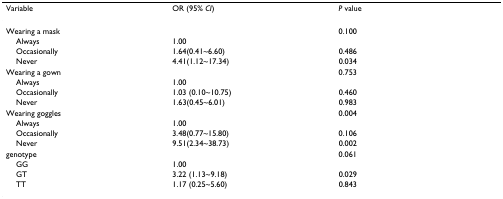
<table><thead><tr><td><b>Variable</b></td><td><b>OR (95% <i>CI</i>)</b></td><td><b><i>P </i>value</b></td></tr></thead><tbody><tr><td>Wearing a mask</td><td></td><td>0.100</td></tr><tr><td> Always</td><td>1.00</td><td></td></tr><tr><td> Occasionally</td><td>1.64(0.41~6.60)</td><td>0.486</td></tr><tr><td> Never</td><td>4.41(1.12~17.34)</td><td>0.034</td></tr><tr><td>Wearing a gown</td><td></td><td>0.753</td></tr><tr><td> Always</td><td>1.00</td><td></td></tr><tr><td> Occasionally</td><td>1.03 (0.10~10.75)</td><td>0.460</td></tr><tr><td> Never</td><td>1.63(0.45~6.01)</td><td>0.983</td></tr><tr><td>Wearing goggles</td><td></td><td>0.004</td></tr><tr><td> Always</td><td>1.00</td><td></td></tr><tr><td> Occasionally</td><td>3.48(0.77~15.80)</td><td>0.106</td></tr><tr><td> Never</td><td>9.51(2.34~38.73)</td><td>0.002</td></tr><tr><td>genotype</td><td></td><td>0.061</td></tr><tr><td> GG</td><td>1.00</td><td></td></tr><tr><td> GT</td><td>3.22 (1.13~9.18)</td><td>0.029</td></tr><tr><td> TT</td><td>1.17 (0.25~5.60)</td><td>0.843</td></tr></tbody></table>